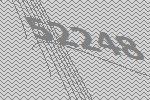
52248